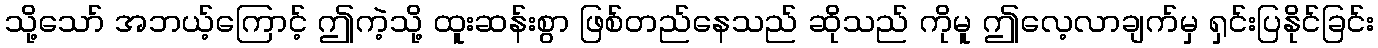
သို့သော် အဘယ့်ကြောင့် ဤကဲ့သို့ ထူးဆန်းစွာ ဖြစ်တည်နေသည် ဆိုသည် ကိုမူ ဤလေ့လာချက်မှ ရှင်းပြနိုင်ခြင်း